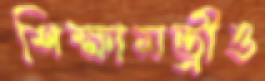
শিক্ষামন্ত্রীও